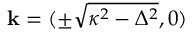
\mathbf { k } = ( \pm \sqrt { \kappa ^ { 2 } - \Delta ^ { 2 } } , 0 )